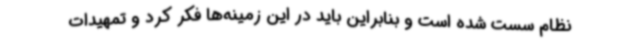
نظام سست شده است و بنابراین باید در این زمینه‌ها فکر کرد و تمهیدات